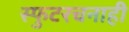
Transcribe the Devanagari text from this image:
स्फुटरचनाही